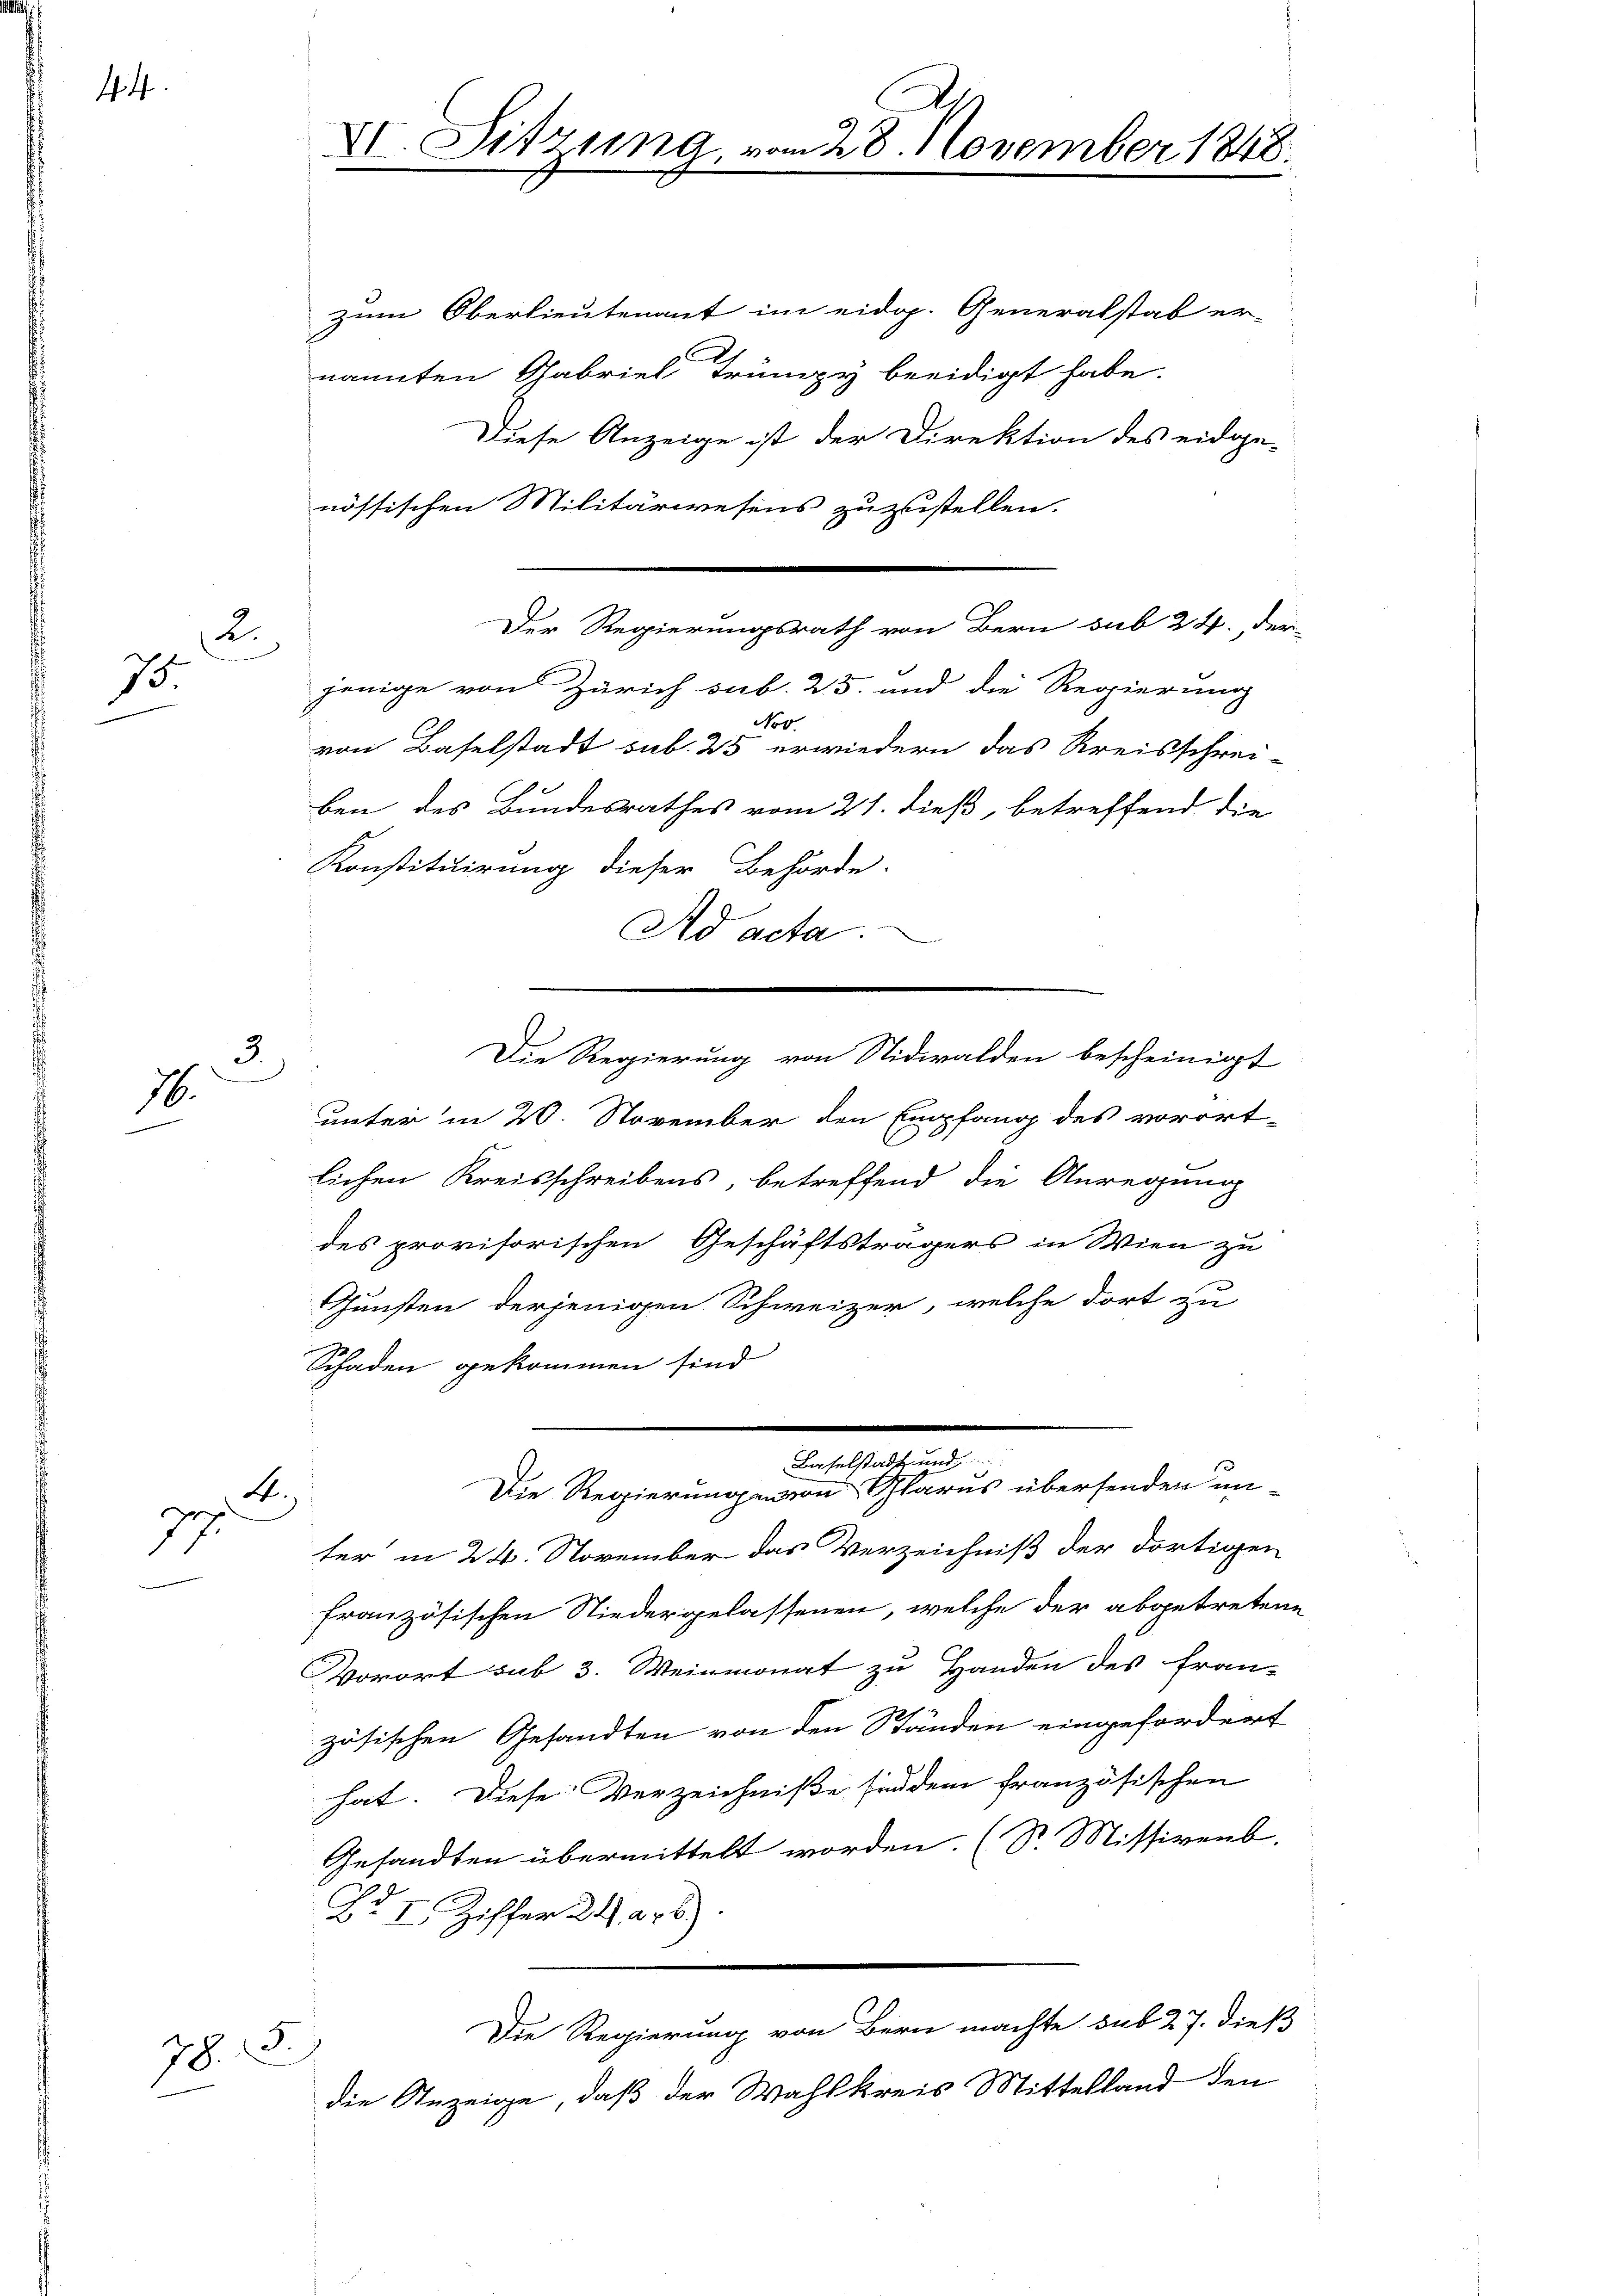
44

75.

3.
16.
.

zum Oberlieutenant im eidgp. Generalstab er-
nannten Gabriel Trumpy beeidigt habe.
Diese Anzeige ist der Direktion des eidge-
nössischen Militärwesens zuzustellen.
jenige von Zürich sub. 25. und die Regierung
von Baselstadt sub. 25 erwiedern das Kreisschrei-
ben des Bundesrathes vom 21. dieß, betreffend die
Konstituirung dieser Behörde.
Ad acta.
unter in 20. November den Empfang des vorort-
lichen Kreisschreibens, betreffend die Anregung
des provisorischen Geschäftsträgers in Wien zu
Gunsten derjenigen Schweizer, welche dort zu
Schaden gekommen sind
.
Baselstadt und
Die Regierungen von Glarus übersenden un-
E
x
17.
ter in 24. November das Verzeichniß der dortigen
französischen Niedergelassenen, welche der abgetretene
Vorort sub 3. Weinmonat zu Handen des fran-
zösischen Gesandten von den Ständen eingefordert
hat. Diese Verzeichniße sind dem französischen
Gesandten übermittelt worden. (S. Missivenb.
Nr I. Ziffer 24. 226).
Die Regierung von Bern machte sub 27. dieß
78. 8.
die Anzeige, daß der Wahlkreis Mittelland den

2.

VI. Sitzung, vom 28. November 1848.

Der Regierungsrath von Bern sub 24. der

Die Regierung von Nidwalden bescheinigt